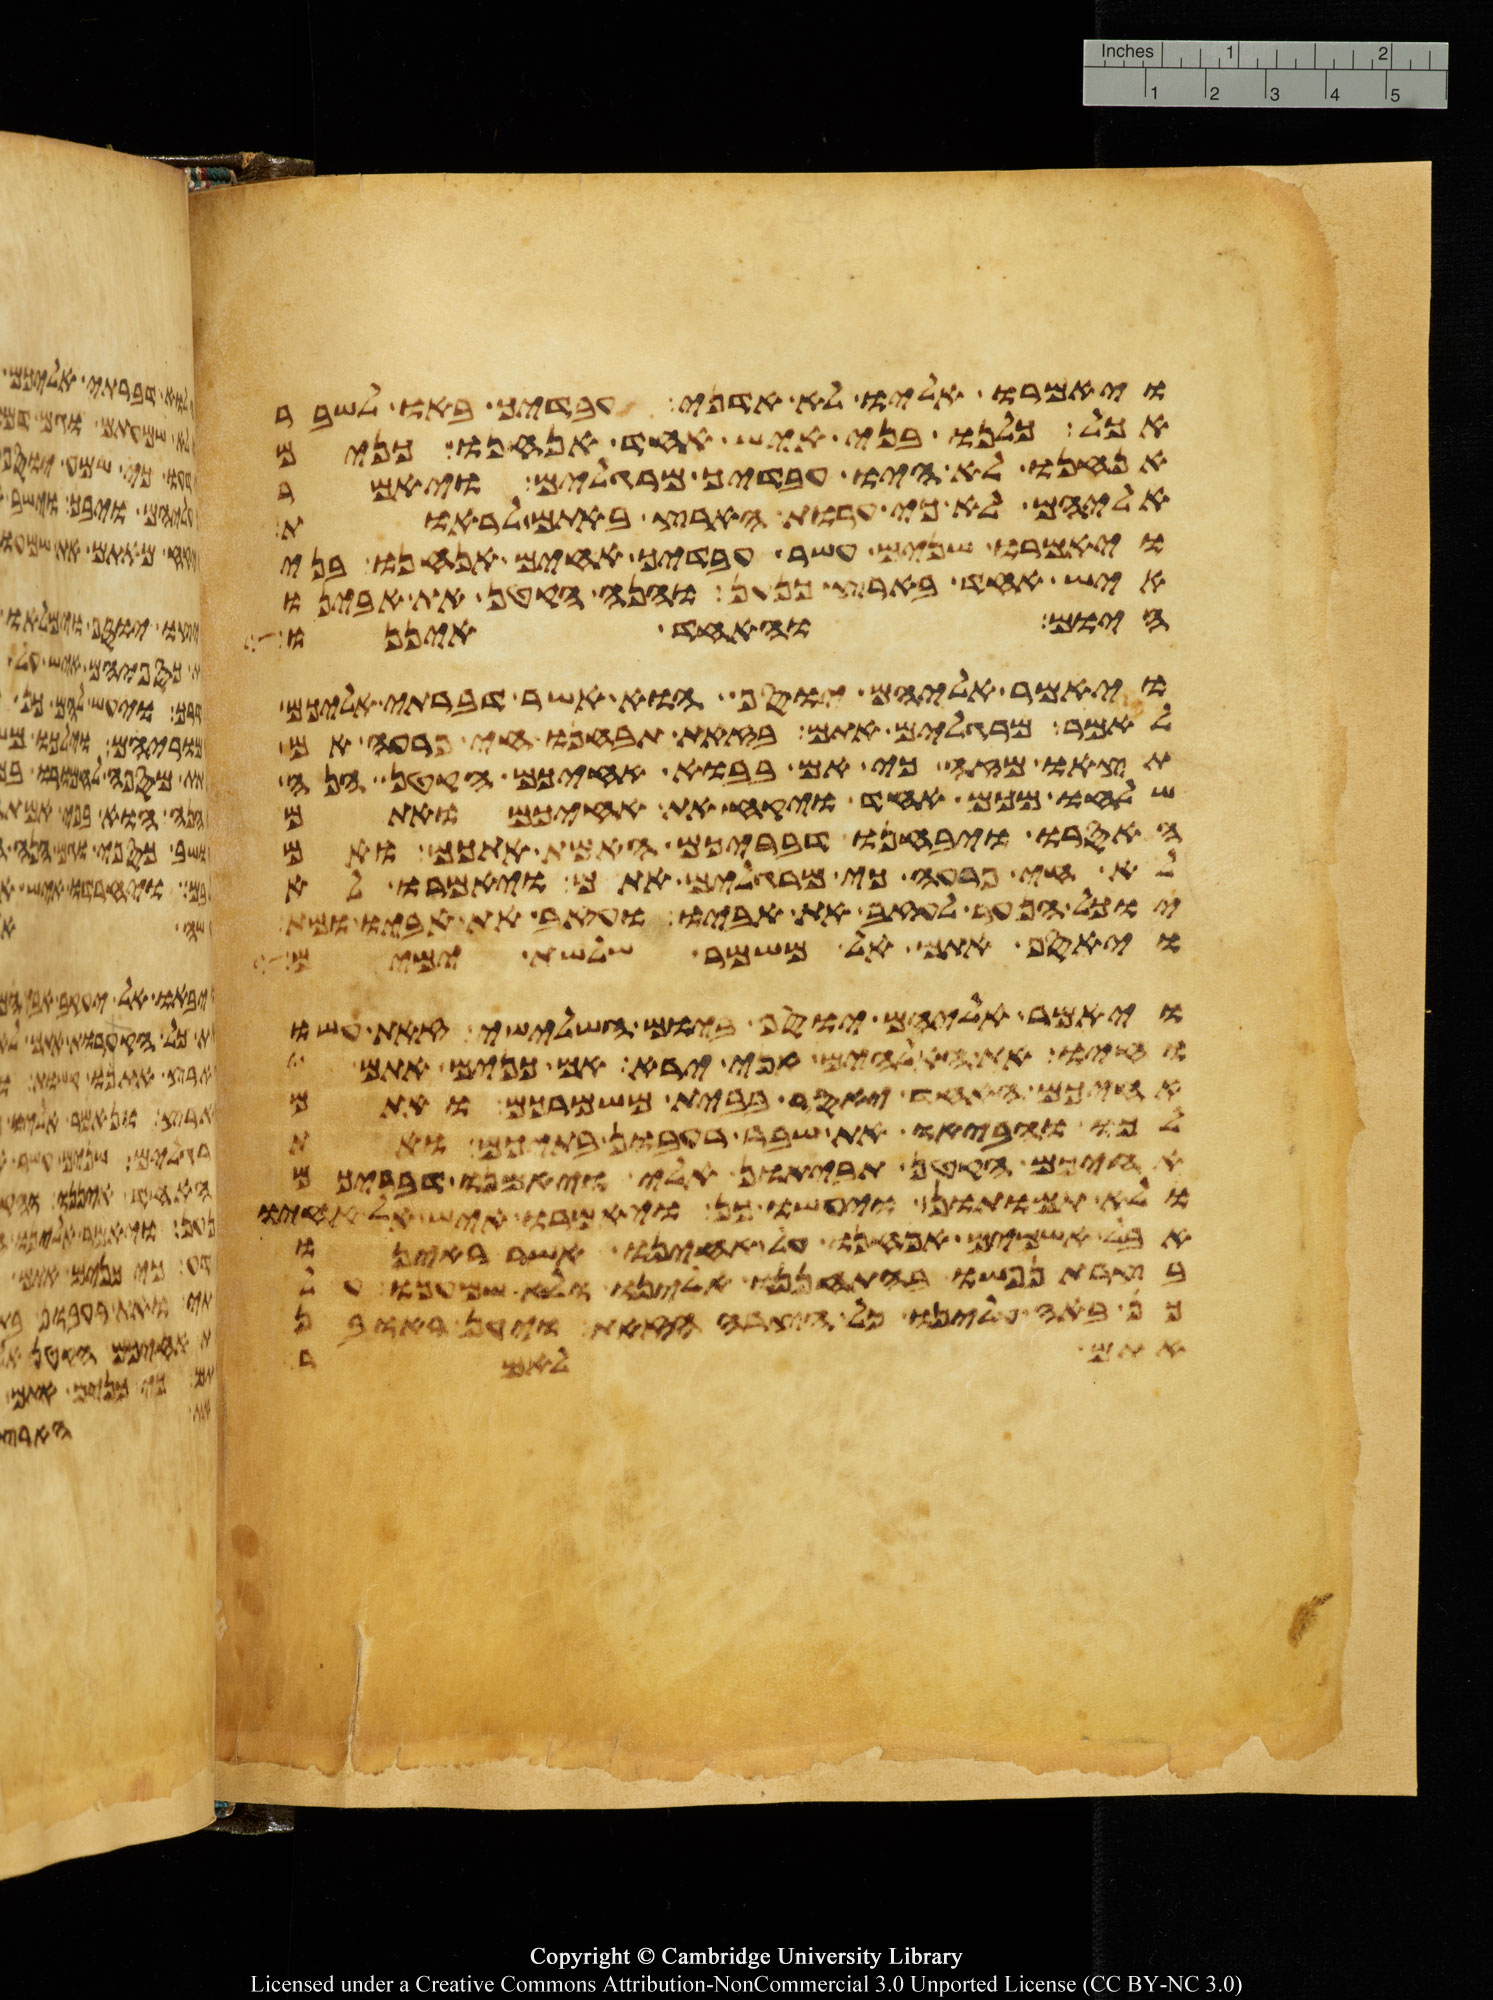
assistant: ויאמרו אליו לא אדני ועבדיך באו לשבר
אכל כלנו בני איש אחד אנחנו כנים
אנחנו לא היו עבדיך מרגלים ויאמר
אליהם לא כי ערות הארץ באתם לראות
ויאמרו שנים עשר עבדיך אחים אנחנו בני
איש אחד בארץ כנען והנה הקטן את אבינו
היום והאחד איננו
ויאמר אליהם יוסף הוא אשר דברתי אליכם
לאמר מרגלים אתם בזאת תבחנו חי פרעה אם
תצאו מזה כי אם בבוא אחיכם הקטן הנה
שלחו מכם אחד ויקח את אחיכם ואתם
האסרו ויבחנו דבריכם האמת אתכם ואם
לא חי פרעה כי מרגלים אתם ויאמרו
יוכל הנער לעזב את אביו ועזב את אביו ומת
ויאסף אתם אל משמר שלשת ימים
ויאמר אליהם יוסף ביום השלישי זאת עשו
וחיו את האלהים אני ירא אם כנים אתם
אחיכם האחד יאסר בבית משמרכם ואתם
לכו והביאו את שבר רעבון בתיכם ואת
אחיכם הקטן תביאון אלי ויאמנו דבריכם
ולא תמותון ויעשו כן ויאמרו איש אל אחיו
אבל אשמים אנחנו על אחינו אשר ראינו
בצרת נפשו בהתחננו אלינו ולא שמענו על
באה עלינו כל הצרה הזאת ויען ראובן
אתם לאמר